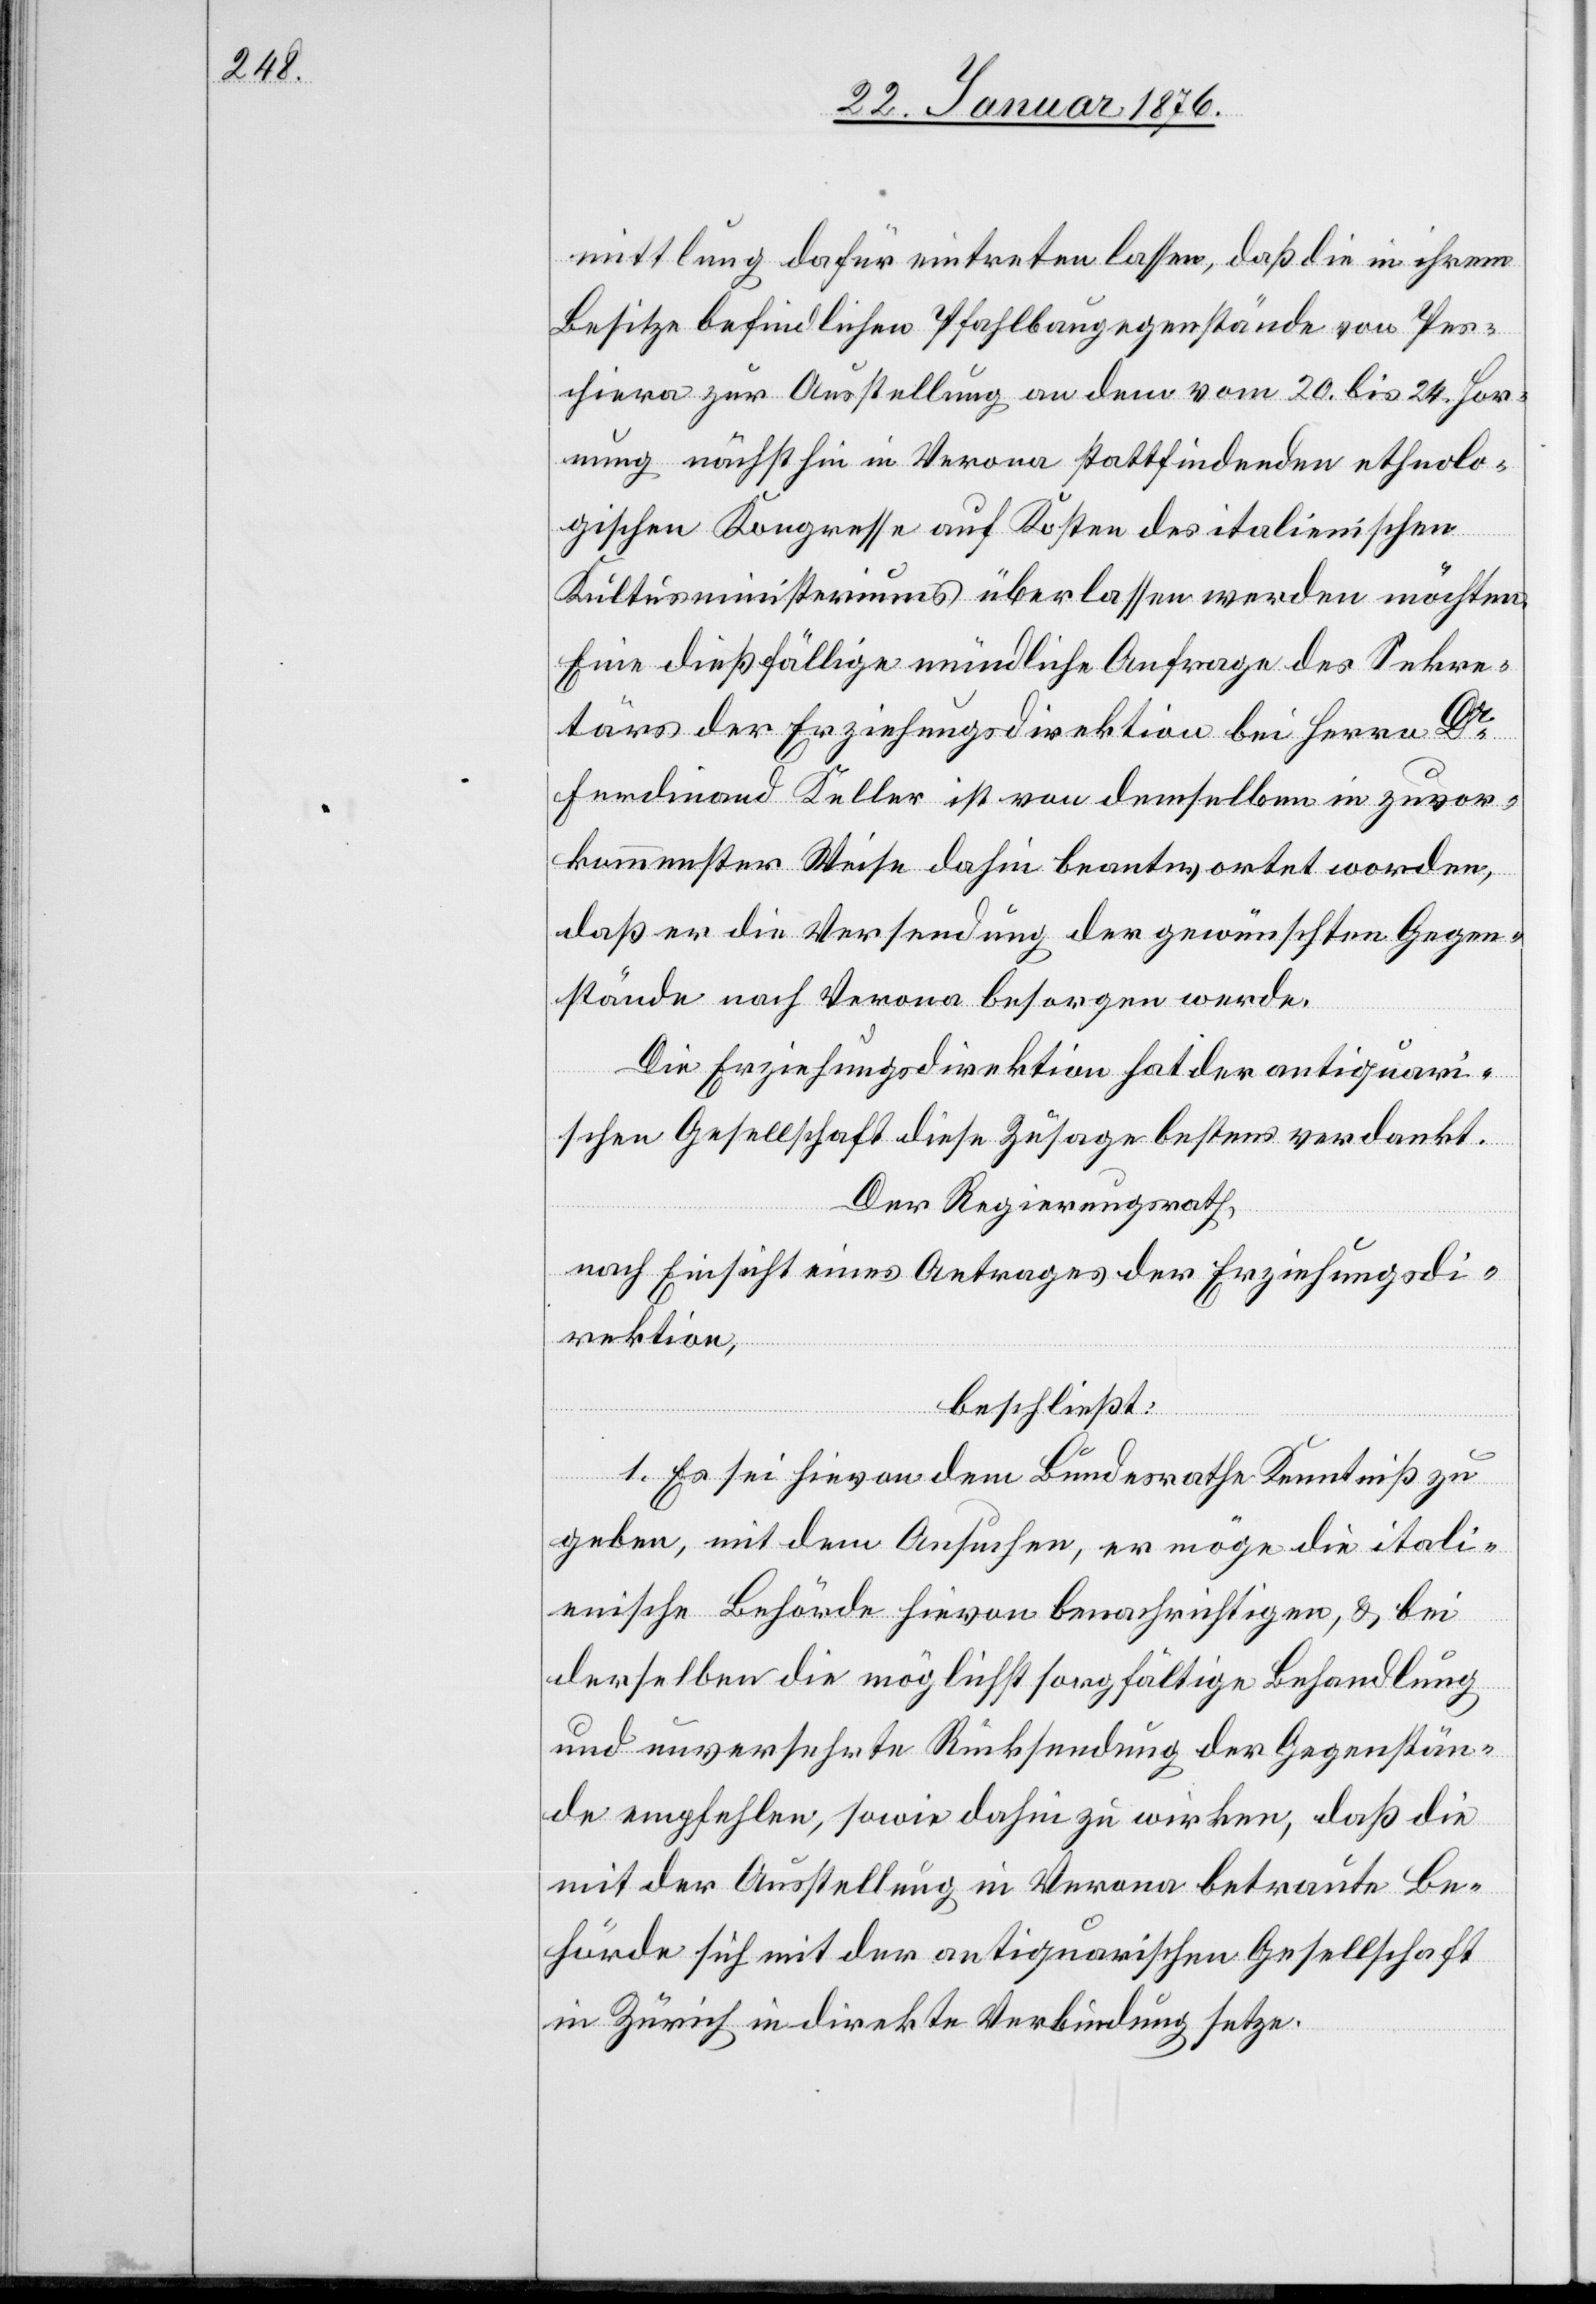
mittlung dafür eintreten lassen, daß die in ihrem
Besitze befindlichen Pfahlbaugegenstände von Pes¬
chiera zur Ausstellung an dem vom 20. bis 24. Hor¬
nung nächsthin in Verona stattfindenden ethnolo¬
gischen Kongresse auf Kosten des italienischen
Kultusministeriums überlassen werden möchten.
Eine dießfällige mündliche Anfrage des Sekre¬
tärs der Erziehungsdirektion bei Herrn Dr.
Ferdinand Keller ist von demselben in zuvor¬
kommenster Weise dahin beantwortet worden,
daß er die Versendung der gewünschten Gegen¬
stände nach Verona besorgen werde.
Die Erziehungsdirektion hat der antiquari¬
schen Gesellschaft diese Zusage bestens verdankt.
Der Regierungsrath,
nach Einsicht eines Antrages der Erziehungsdi¬
rektion,
beschließt:
1. Es sei hievon dem Bundesrathe Kenntniß zu
geben, mit dem Ansuchen, er möge die itali¬
enische Behörde hievon benachrichtigen, .& bei
derselben die möglichst sorgfältige Behandlung
und unversehrte Rücksendung der Gegenstän¬
de empfehlen, sowie dahin zu wirken, daß die
mit der Ausstellung in Verona betraute Be¬
hörde sich mit der antiquarischen Gesellschaft
in Zürich in direkte Verbindung setze.